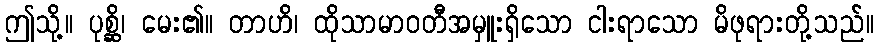
ဤသို့။ ပုစ္ဆိ၊ မေး၏။ တာဟိ၊ ထိုသာမာဝတီအမှူးရှိသော ငါးရာသော မိဖုရားတို့သည်။